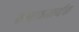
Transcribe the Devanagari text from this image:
संभावनार्थक